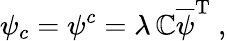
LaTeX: \psi_{c}=\psi^{c}=\lambda\, \mathbb{C}\overline{{{{\psi}}}}^{\mathrm{{T}}}\ ,